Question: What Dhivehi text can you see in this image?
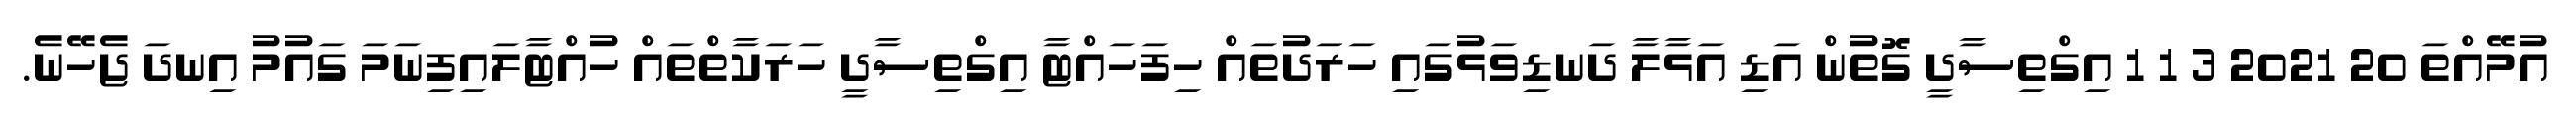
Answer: އުމޭއްތަ 20 2021 3 1 1 އިގްތިސާދީ ގޮތުން އަޑި އަޅާލާ ދަނޑިވަޅުގައި ހަރަދުތައް ހިފަހައްޓާ އިގްތިސާދީ ހަރަކާތްތައް ހުއްޓާލައިފިނަމަ ގައުމު އިނދަ ޖެހޭނެ.